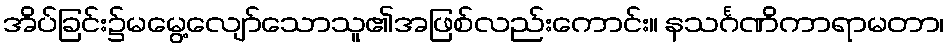
အိပ်ခြင်း၌မမွေ့လျော်သောသူ၏အဖြစ်လည်းကောင်း။ နသင်္ဂဏိကာရာမတာ၊